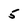
Character: 5